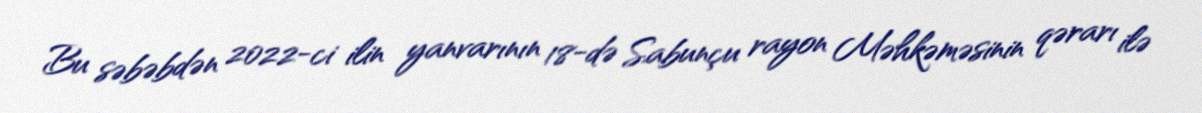
Bu səbəbdən 2022-ci ilin yanvarının 18-də Sabunçu rayon Məhkəməsinin qərarı ilə